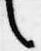
之